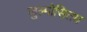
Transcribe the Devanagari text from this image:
जुल्मोसितम